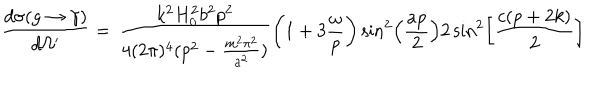
LaTeX: \frac { d \sigma ( g \rightarrow \gamma ) } { d \Omega ^ { \prime } } = \, \frac { k ^ { 2 } H _ { 0 } ^ { 2 } b ^ { 2 } p ^ { 2 } } { 4 ( 2 \pi ) ^ { 4 } ( p ^ { 2 } - \frac { m ^ { 2 } \pi ^ { 2 } } { a ^ { 2 } } ) } \left( 1 + 3 \frac { \omega } { p } \right) \sin ^ { 2 } \left( \frac { a p } { 2 } \right) 2 \sin ^ { 2 } \left[ \frac { c ( p + 2 k ) } { 2 } \right]